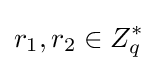
r_{1},r_{2}\in Z_{q}^{*}